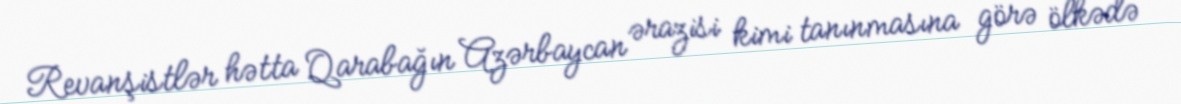
Revanşistlər hətta Qarabağın Azərbaycan ərazisi kimi tanınmasına görə ölkədə